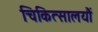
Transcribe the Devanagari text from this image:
चिकित्सालयौं